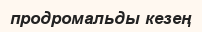
продромальды кезең